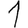
Digit: 1